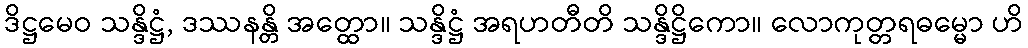
ဒိဋ္ဌမေဝ သန္ဒိဋ္ဌံ, ဒဿနန္တိ အတ္ထော။ သန္ဒိဋ္ဌံ အရဟတီတိ သန္ဒိဋ္ဌိကော။ လောကုတ္တရဓမ္မော ဟိ